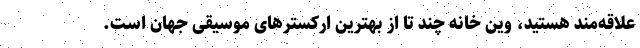
علاقه‌مند هستید، وین خانه چند تا از بهترین ارکسترهای موسیقی جهان است.